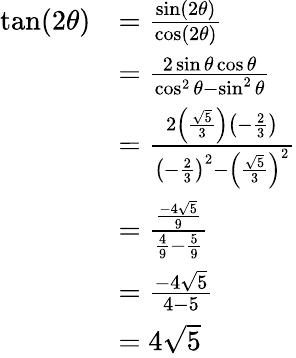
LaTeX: \begin{array}{rl}{\tan(2\theta)}&{=\frac{\sin(2\theta)}{\cos(2\theta)}}\\ &{=\frac{2\sin\theta\cos\theta}{\cos^{2}\theta-\sin^{2}\theta}}\\ &{=\frac{2\left(\frac{\sqrt{5}}{3}\right)\left(-\frac{2}{3}\right)}{\left(-\frac{2}{3}\right)^{2}-\left(\frac{\sqrt{5}}{3}\right)^{2}}}\\ &{=\frac{\frac{-4\sqrt{5}}{9}}{\frac{4}{9}-\frac{5}{9}}}\\ &{=\frac{-4\sqrt{5}}{4-5}}\\ &{=4\sqrt{5}}\end{array}